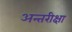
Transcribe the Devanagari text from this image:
अन्तरीक्षा